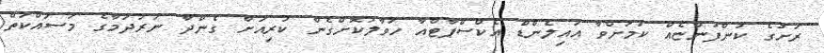
ރަށުގެ ކުންފުންޏެއް ކަމަށްވާ އައިލެންޑް އެކްސްޕާޓްއާ ހަވާލުކޮށްގެން ކުރިއަށް ގެންދާ ނަރުދަމާގެ މަސައްކަތް